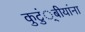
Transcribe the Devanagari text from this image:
कुटुं्बीयांना